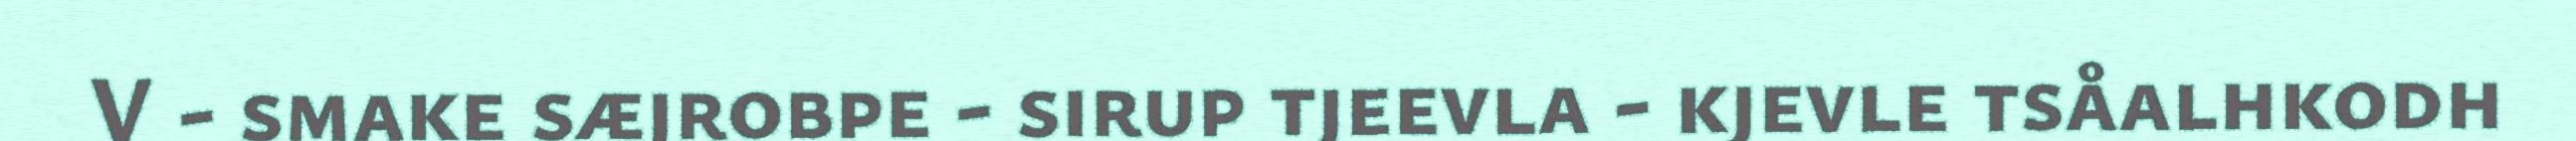
V - smake sæjrobpe - sirup tjeevla - kjevle tsåalhkodh